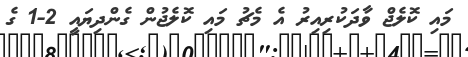
މައި ކޮލެޖް ވާދަކުރިއިރު އެ މެޗު މައި ކޮލެޖުން ގެންދިޔައީ 2-1 ގެ